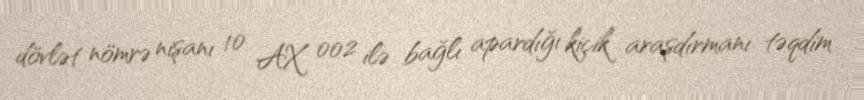
dövlət nömrə nişanı 10 AX 002 ilə bağlı apardığı kiçik araşdırmanı təqdim